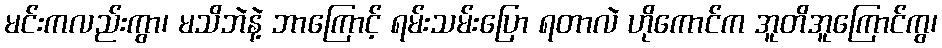
မင်းကလည်းကွာ၊ မသိဘဲနဲ့ ဘာကြောင့် ရမ်းသမ်းပြော ရတာလဲ ဟိုကောင်က အူတိအူကြောင်ကွ၊